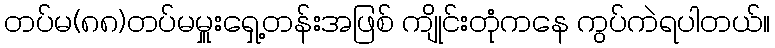
တပ်မ(၈၈)တပ်မမှူးရှေ့တန်းအဖြစ် ကျိုင်းတုံကနေ ကွပ်ကဲရပါတယ်။